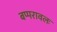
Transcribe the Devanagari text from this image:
बप्परावलः